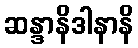
ဆန္ဒာနိဒါနာနိ